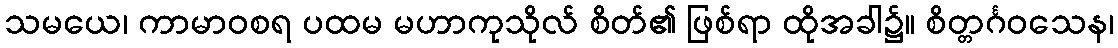
သမယေ၊ ကာမာဝစရ ပထမ မဟာကုသိုလ် စိတ်၏ ဖြစ်ရာ ထိုအခါ၌။ စိတ္တင်္ဂဝသေန၊